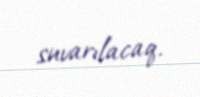
suvarılacaq.